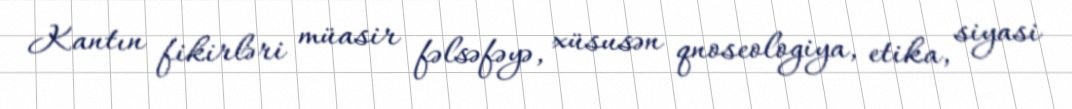
Kantın fikirləri müasir fəlsəfəyə, xüsusən qnoseologiya, etika, siyasi